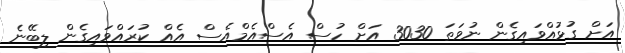
އަށް ގުޅުއްވައިގެން ނުވަތަ 3030 އަށް ހުސް އެސްއެމްއެސް އެއް ކުރައްވައިގެން ލިބޭނެ